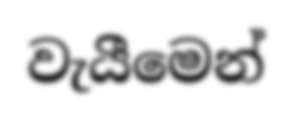
වැයීමෙන්